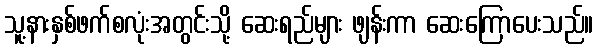
သူ့နားနှစ်ဖက်စလုံးအတွင်းသို့ ဆေးရည်များ ဖျန်းကာ ဆေးကြောပေးသည်။